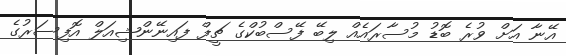
އޭނާ އަށް ވުރެ ބޮޑު މުސާރައެއް ލިބޭ ފޭސްބުކްގެ ޗީފް ފައިނޭންޝިއަލް އޮފިސަރުގެ